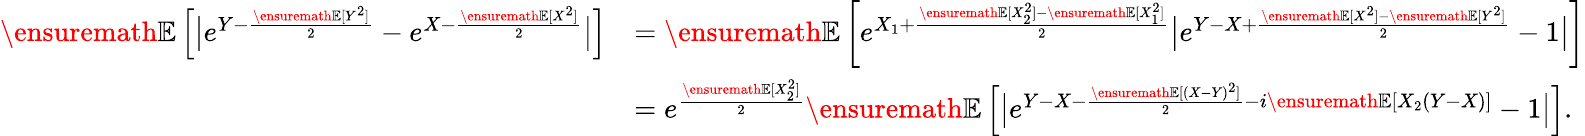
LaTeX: \begin{array}{rl}{{\ensuremath{\mathbb E}}\left[\big|e^{Y-\frac{{\ensuremath{\mathbb E}}[Y^{2}]}{2}}-e^{X-\frac{{\ensuremath{\mathbb E}}[X^{2}]}{2}}\big|\right]}&{={\ensuremath{\mathbb E}}\left[e^{X_{1}+\frac{{\ensuremath{\mathbb E}}[X_{2}^{2}]-{\ensuremath{\mathbb E}}[X_{1}^{2}]}{2}}\big|e^{Y-X+\frac{{\ensuremath{\mathbb E}}[X^{2}]-{\ensuremath{\mathbb E}}[Y^{2}]}{2}}-1\big|\right]}\\ &{=e^{\frac{{\ensuremath{\mathbb E}}[X_{2}^{2}]}{2}}{\ensuremath{\mathbb E}}\left[\big|e^{Y-X-\frac{{\ensuremath{\mathbb E}}[(X-Y)^{2}]}{2}-i{\ensuremath{\mathbb E}}[X_{2}(Y-X)]}-1\big|\right].}\end{array}